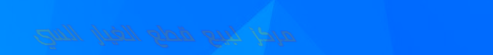
مركز لبيع قطع الغيار السي